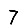
Digit: 7